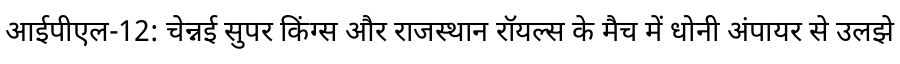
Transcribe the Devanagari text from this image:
आईपीएल-12: चेन्नई सुपर किंग्स और राजस्थान रॉयल्स के मैच में धोनी अंपायर से उलझे